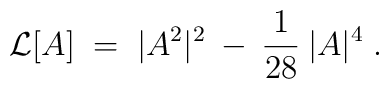
{\cal{L}}[A] \;=\; |A^2|^2 \:-\: \frac{1}{28} \:|A|^4 \;.